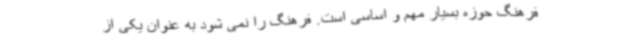
فرهنگ حوزه بسیار مهم و اساسی است. فرهنگ را نمی شود به عنوان یکی از